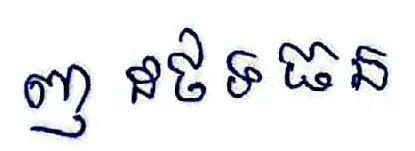
ញ ដថទធន